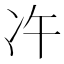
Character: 𠖴